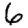
Digit: 6